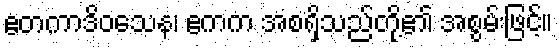
ဧတကာဒိဝသေန၊ ဧကက အစရှိသည်တို့၏ အစွမ်းဖြင့်။